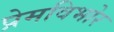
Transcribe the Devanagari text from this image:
प्रेमविभोर